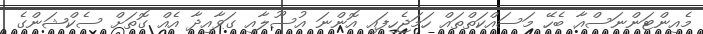
މެއިންޓަންނަސްއާ ބެހޭ މަސައްކަތްތައް ހަމަޖެހިފައި އޮންނަ އުސޫލާއި ގަވާއިދާ އެއް ގޮތަށް ސެކްޝަންގެ